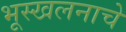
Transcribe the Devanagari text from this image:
भूस्खलनाचे